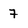
Character: 7